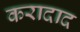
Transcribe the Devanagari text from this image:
करादाद